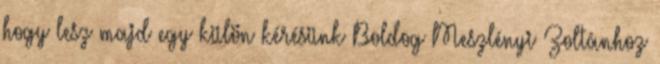
hogy lesz majd egy külön kérésünk Boldog Meszlényi Zoltánhoz